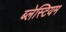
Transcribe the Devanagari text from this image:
ब्लेस्टियम